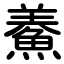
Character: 鯗